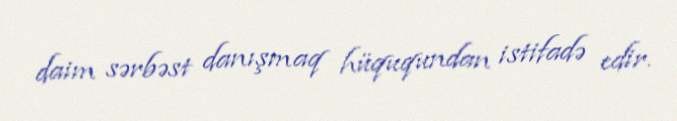
daim sərbəst danışmaq hüququndan istifadə edir.